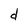
Character: d